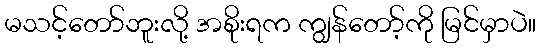
မသင့်တော်ဘူးလို့ အစိုးရက ကျွန်တော့်ကို မြင်မှာပဲ။